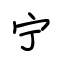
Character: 宁